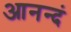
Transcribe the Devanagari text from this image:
आनन्दं